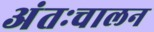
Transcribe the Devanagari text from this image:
अंतःचालन